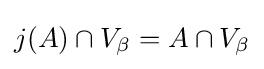
j(A)\cap V_{\beta }=A\cap V_{\beta }